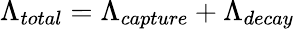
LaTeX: \Lambda_{total}=\Lambda_{capture}+\Lambda_{decay}